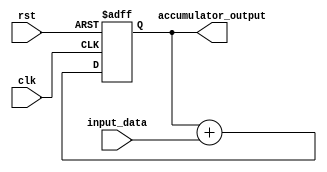
module accumulator (
    input wire clk,
    input wire rst,
    input wire [7:0] input_data,
    output reg [15:0] accumulator_output
);

reg [15:0] accumulator_register;

always @(posedge clk or posedge rst) begin
    if (rst) begin
        accumulator_register <= 8'd0;
    end else begin
        accumulator_register <= accumulator_register + input_data;
    end
end

assign accumulator_output = accumulator_register;

endmodule